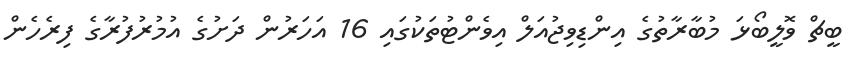
ބީޗް ވޮލީބޯޅަ މުބާރާތުގެ އިންޑިވިޖުއަލް އިވެންޓުތަކުގައި 16 އަހަރުން ދަށުގެ އުމުރުފުރާގެ ފިރެހެން